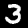
Digit: 3